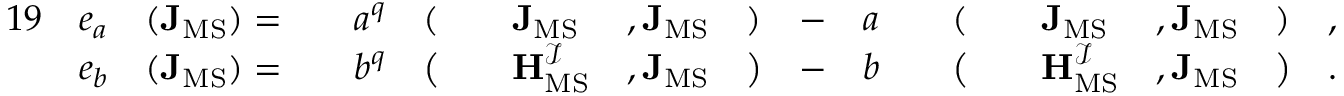
\begin{array} { r l r l r l r l r l r l r l r l r l r } { { 1 9 } } & { e _ { a } } & { ( \mathbf { J } _ { \mathrm { M S } } ) = } & { } & { a ^ { q } } & { ( } & & { \mathbf { J } _ { \mathrm { M S } } } & { , \mathbf { J } _ { \mathrm { M S } } } & { ) } & { - } & { a } & & { ( } & & { \mathbf { J } _ { \mathrm { M S } } } & { , \mathbf { J } _ { \mathrm { M S } } } & { ) } & { , } \\ & { e _ { b } } & { ( \mathbf { J } _ { \mathrm { M S } } ) = } & { } & { b ^ { q } } & { \big ( } & & { \mathbf { H } _ { \mathrm { M S } } ^ { \mathcal { I } } } & { , \mathbf { J } _ { \mathrm { M S } } } & { \big ) } & { - } & { b } & & { \big ( } & & { \mathbf { H } _ { \mathrm { M S } } ^ { \mathcal { I } } } & { , \mathbf { J } _ { \mathrm { M S } } } & { \big ) } & { . } \end{array}